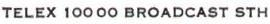
TELEX 10000 BROADCAST STH